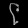
Digit: ၉